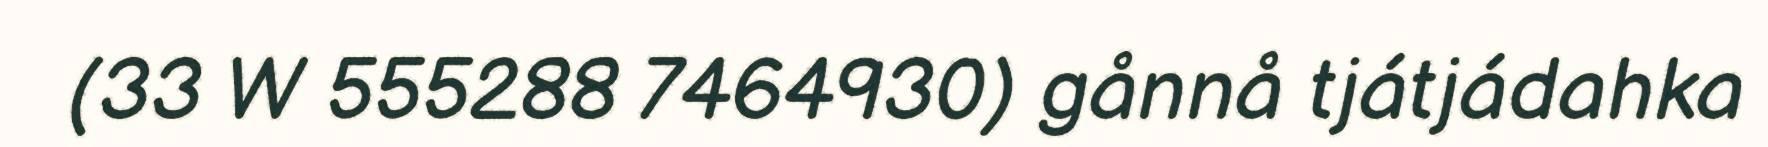
(33 W 555288 7464930) gånnå tjátjádahka